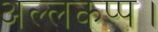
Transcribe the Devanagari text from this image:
अल्लकप्प।